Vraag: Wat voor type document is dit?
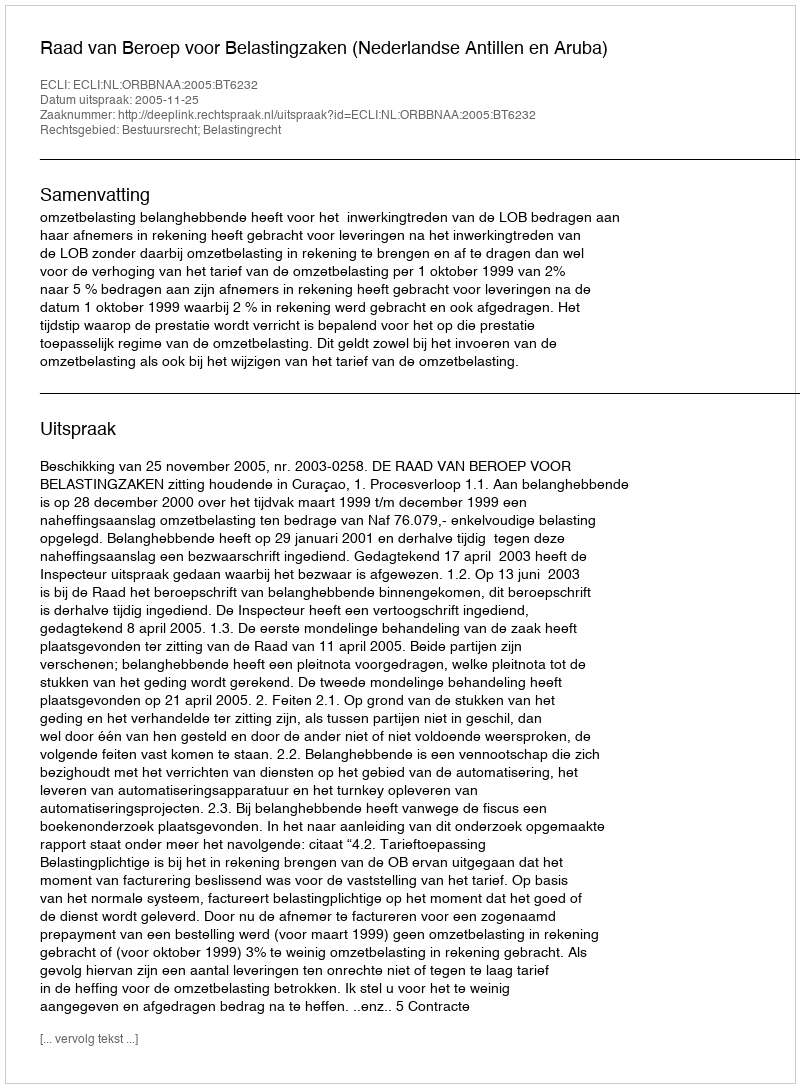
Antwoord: Uitspraak